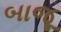
બાજૂ